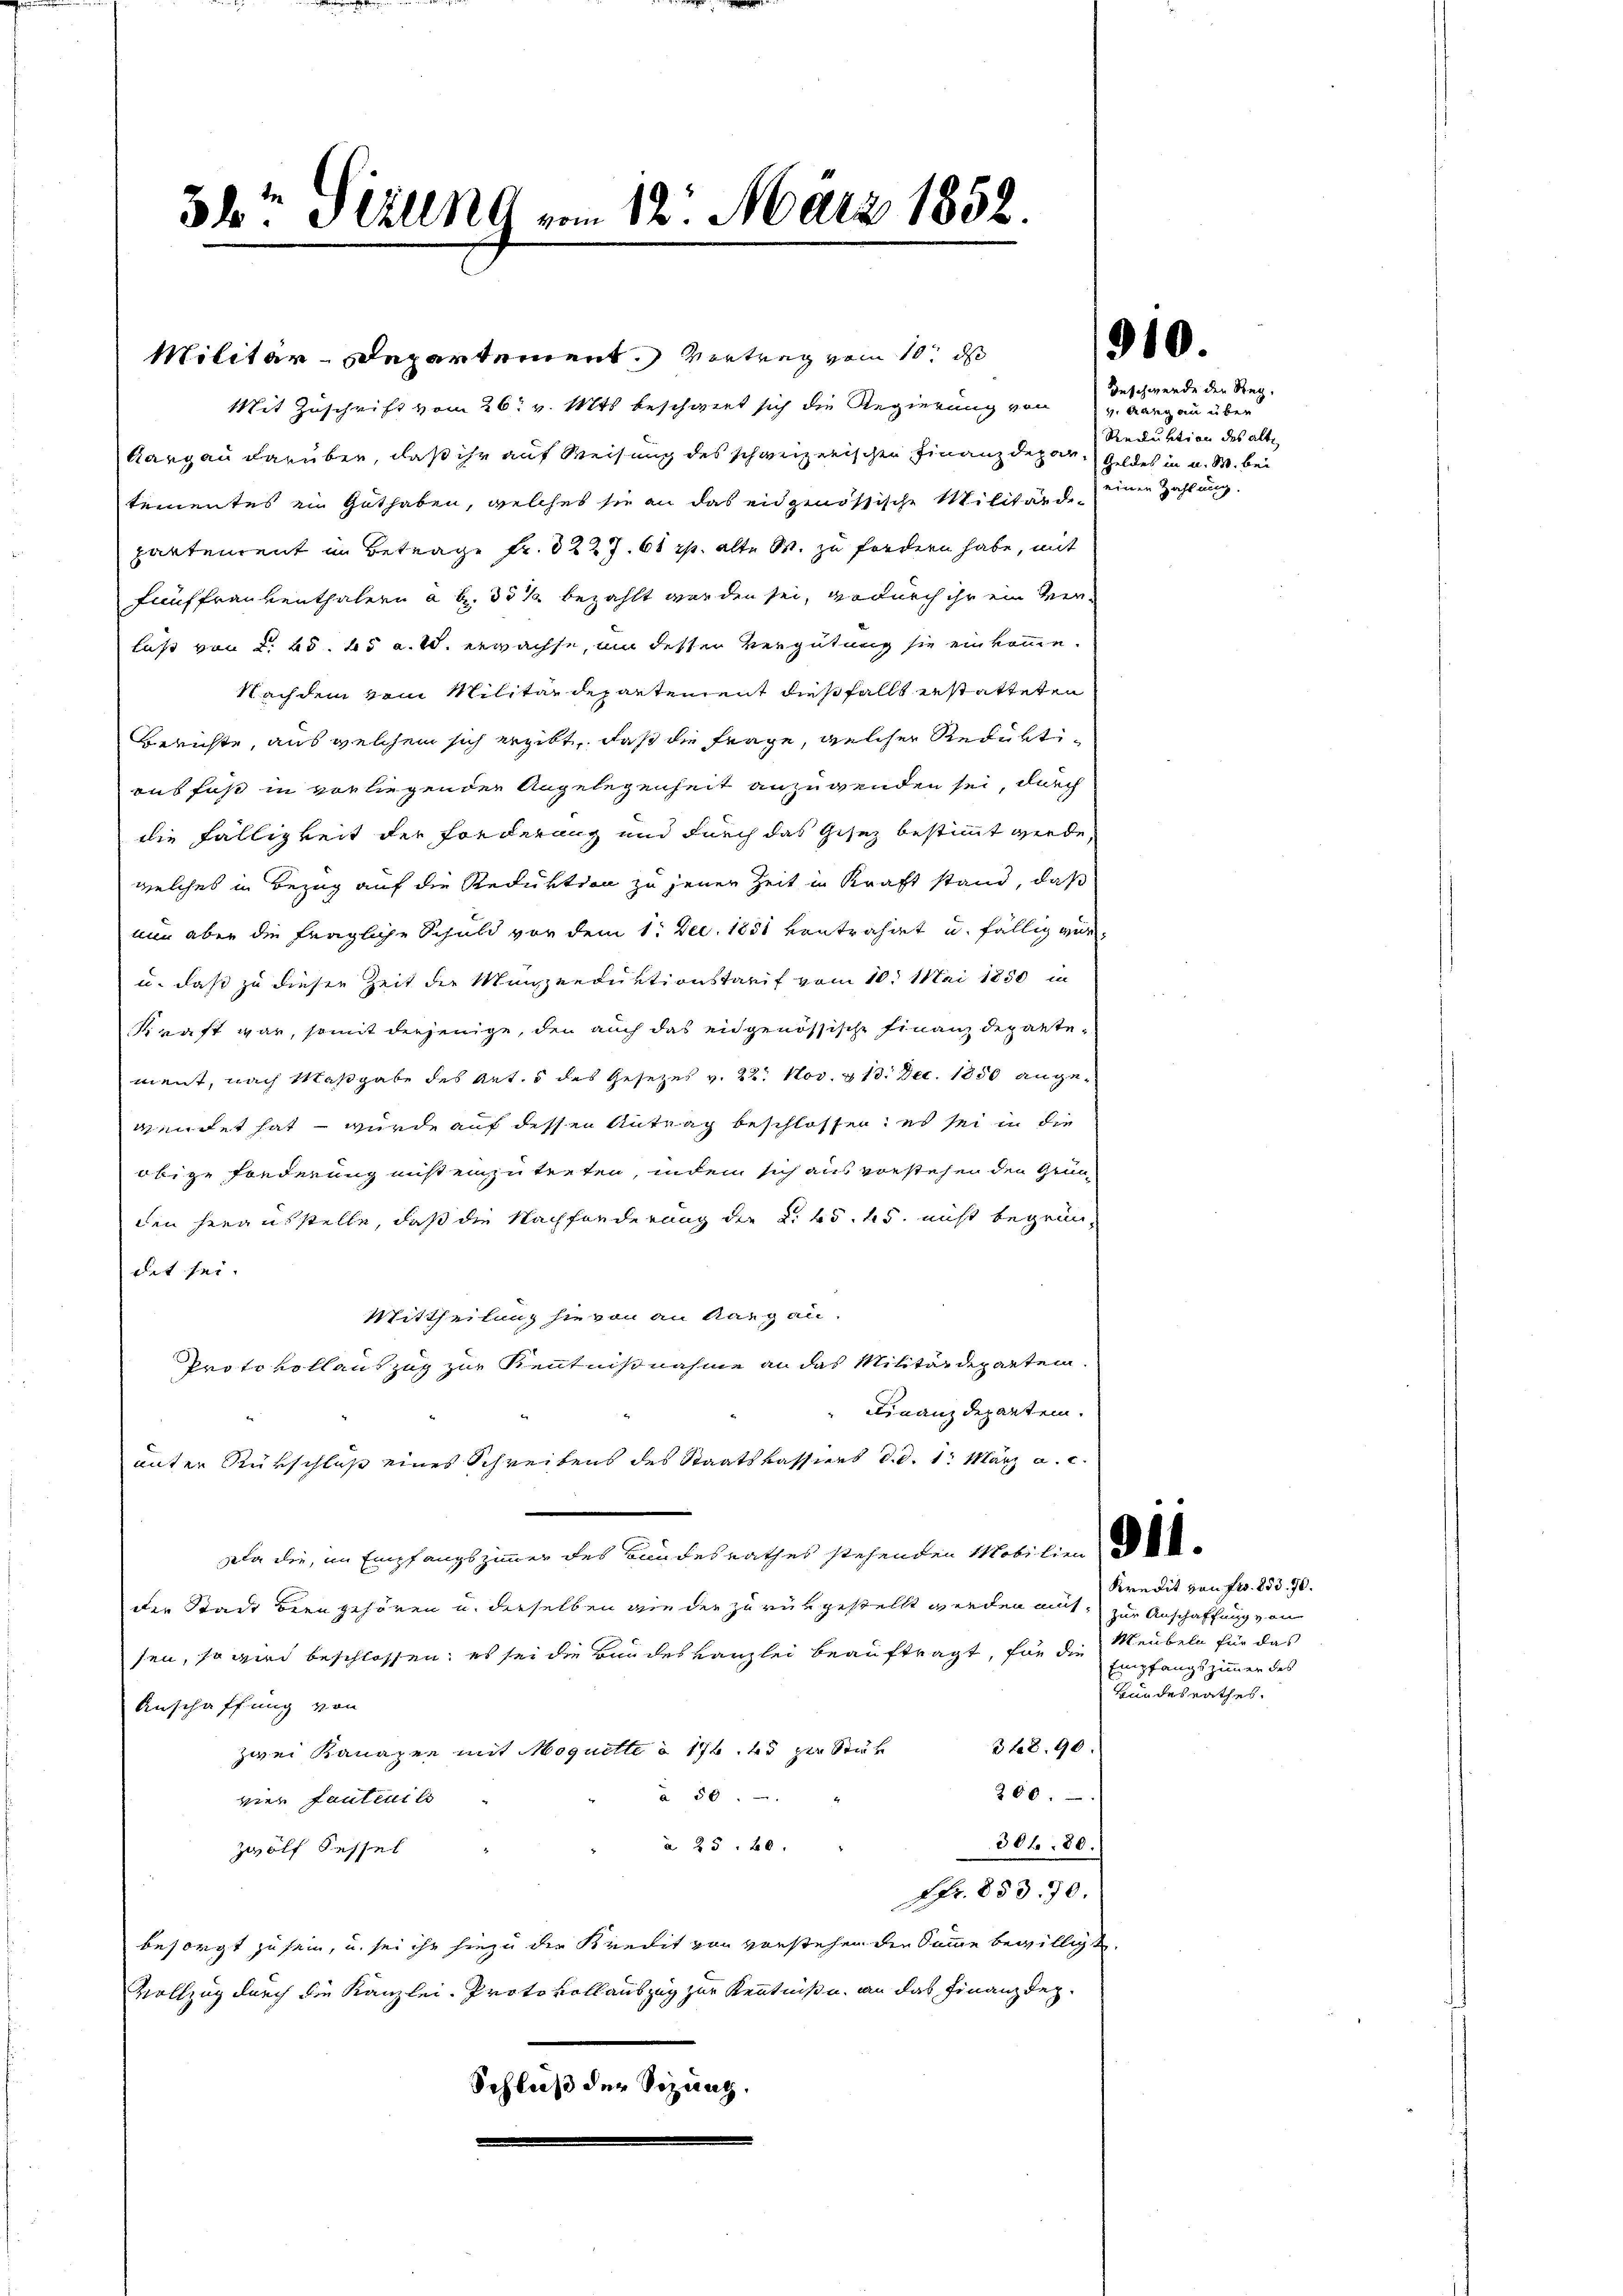
3b Sizung vom 12. März 1852.

Militär-Departement. Vertrag vom 10t ds
Mit Zuschrift vom 26. v. Mts. beschwert sich die Regierung von v. Aargau über
Aargau darüber, daß ihr auf Weisung des schweizerischen Finanzdepar- Geldes in u. W. bei
tementes in Guthaben, welches sie an das eidgenössische Militärdepartement im Betrage Fr. 3227. 60 rp. alte W. zu fordern habe, mit
Fünffrankenthalern à b. 35 1/2 bezahlt worden sei, wodurch ihr ein Verlaß von d. 25. 25 a. 10. erwachse, um desser Vergütung sie einkomme.
Nachdem vom Militärdepartement dießfalls erstatteten
Berichte, aus welchem sich ergibt, daß die Frage, welcher Reduktiausfuß in vorliegenden Angelegenheit anzuwenden sei, durch
die Fälligkeit der Forderung und durch das Gesez bestimmt werde,
welches in Bezug auf die Reduktion zu jener Zeit in Kraft stand, daß
nun aber die fragliche Schuld vor dem 1. Dec. 1851 kontrahirt u. fällig wur
u. daß zu diesen Zeit der Mansenduktionstarif vom 10. Mai 1850 in
Kraft war, somit derjenige, den auch das eidgenössische Finanzdepartement, nach Maßgabe des Art. 5 des Gesetzes v. 22. Nov. & 13. Dec. 1850 angewendet hat – wurde auf dessen Antrag beschlossen, es sei in die
obige Fonderung nist einzutreten, indem sich aus vorstehen den Gründen heraufstelle, daß die Nachforderung die 2. 45. 45. nicht begründet sei.
Mittheilung hievon an Aargau.
Protokollauszug zur Kenntnißnahme an das Militärdeparten.
Finanzdepartem.
unter Rückschluß eines Schreibens des Staatskassiers d. d. 1. März a. c.
Da die, im Empfangszimmer des Bundesrathes stehenden Mobilien-
die Stadt bern gehören u. dieselben wie der zurükgestellt werden mit, zur Anschaffung von
sen, so wird beschlossen; es sei die Bandeskanzlei beauftragt, für die Meubeln für das
Anschaffung von
zwei Kanaper mit Moquette § 176. 45 zur Stük 348. 90.
360.
à 50
vier fautenils
30f 80.
a. 25. 20.
Zwölf Sessel
1 Fr. 853. 70.
besorgt zu sein, u. sei ihr hiezu der Kredit von vorstehen den Summe bewilligt
Vollzug durch die Kanzlei. Protokoll auszug zur Kenntniße an das Finanzdeg¬
Schluß der Sizung.

Geschwerde der Reg.
Recluktion des alte
einen Zahlung.

910.

Kredit von fr. 853. 70.
Empfangszimmer des
Bundesrathes.